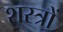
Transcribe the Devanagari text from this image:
शस्‍त्रों